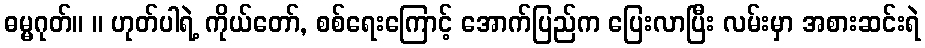
ဓမ္မဂုတ်။ ။ ဟုတ်ပါရဲ့ ကိုယ်တော်, စစ်ရေးကြောင့် အောက်ပြည်က ပြေးလာပြီး လမ်းမှာ အစားဆင်းရဲ